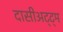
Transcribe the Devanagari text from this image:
दासीअट्ट्म